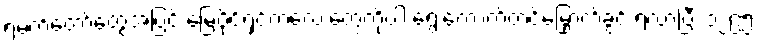
ရဲမက်တော်တွေအပြင် မြေပိုင်ရှင်ကလေးတွေကိုပါ ရွေးကောက်တင်မြှောက်ခွင့် ရလာပြီး ၁၂၉၅